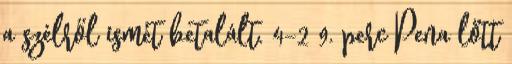
a szélről ismét betalált. 4–2 9. perc Pena lőtt